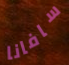
سافانا